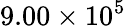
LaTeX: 9.00\times 10^{5}